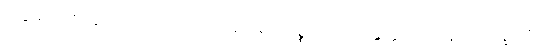
သဗ္ဗသကုဏာနံ ကောလံကောလာ အညမညပစ္စယာတိ အနွတ္ထသညာ ပူရေ ဒုက္ခာတိ